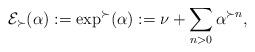
LaTeX: \begin{align*}\mathcal{E}_\succ(\alpha) := \exp^{\succ}(\alpha):=\nu + \sum_{n > 0} \alpha^{\succ n}, \end{align*}